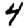
Digit: 4